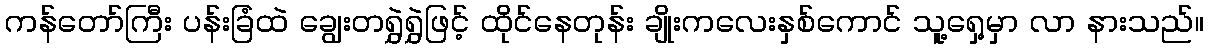
ကန်တော်ကြီး ပန်းခြံထဲ ချွေးတရွှဲရွှဲဖြင့် ထိုင်နေတုန်း ချိုးကလေးနှစ်ကောင် သူ့ရှေ့မှာ လာ နားသည်။